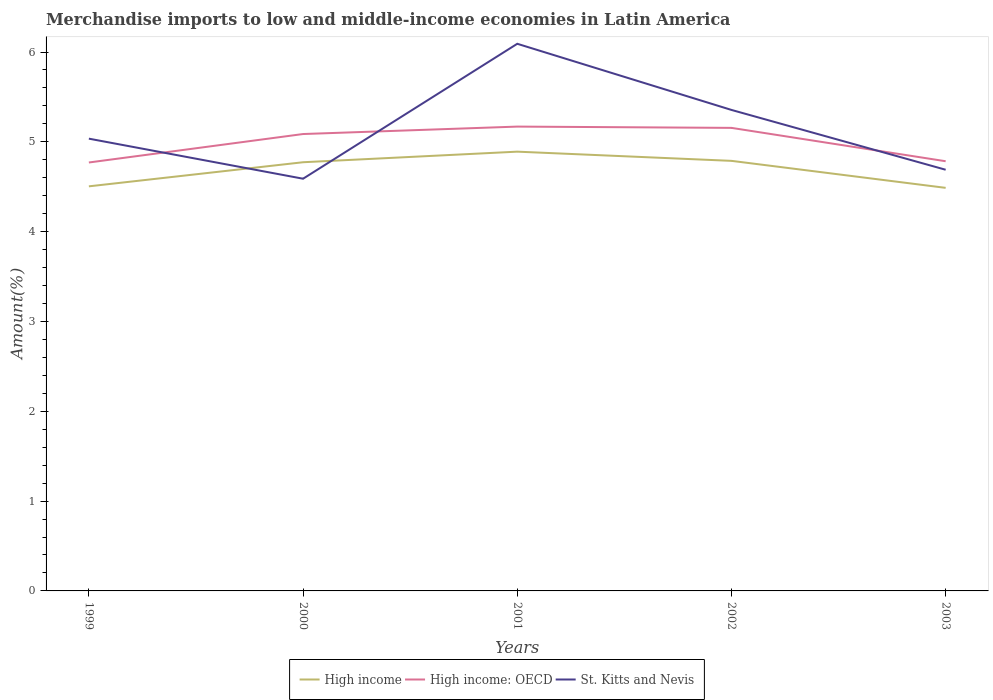
| Years | High income | High income: OECD | St. Kitts and Nevis |
 | --- | --- | --- | --- |
 | 1999 | 4.5 | 4.77 | 5.04 |
 | 2000 | 4.77 | 5.09 | 4.59 |
 | 2001 | 4.89 | 5.17 | 6.09 |
 | 2002 | 4.79 | 5.16 | 5.36 |
 | 2003 | 4.49 | 4.78 | 4.69 |